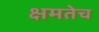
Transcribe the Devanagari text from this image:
क्षमतेच